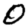
Digit: 0